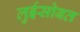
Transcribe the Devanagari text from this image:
लुईसोबत